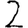
Digit: 2